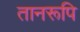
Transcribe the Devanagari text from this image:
तानरूपि